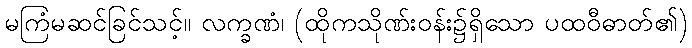
မကြံမဆင်ခြင်သင့်။ လက္ခဏံ၊ (ထိုကသိုဏ်းဝန်း၌ရှိသော ပထဝီဓာတ်၏)